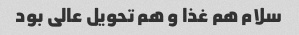
سلام هم غذا و هم تحویل عالی بود